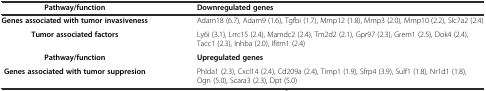
| Pathway/function | Downregulated genes |
 | --- | --- |
 | Genes associated with tumor invasiveness | Adam18 (6.7), Adam9 (1.6), Tgfbi (1.7), Mmp12 (1.8), Mmp3 (2.0), Mmp10 (2.2), Slc7a2 (2.4) |
 | Tumor associated factors | Ly6i (3.1), Lrrc15 (2.4), Mamdc2 (2.4), Tm2d2 (2.1), Gpr97 (2.3), Grem1 (2.5), Dok4 (2.4), Tacc1 (2.3), Inhba (2.0), Ifitm1 (2.4) |
 | Pathway/function | Upregulated genes |
 | Genes associated with tumor suppresion | Phlda1 (2.3), Cxcl14 (2.4), Cd209a (2.4), Timp1 (1.9), Sfrp4 (3.9), Sulf1 (1.8), Nr1d1 (1.8), Ogn (5.0), Scara3 (2.3), Dpt (5.0) |